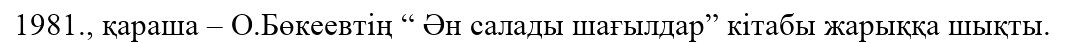
1981., қараша – О.Бөкеевтің “ Ән салады шағылдар” кітабы жарыққа шықты.